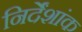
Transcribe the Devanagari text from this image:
निर्देंशांक